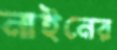
নাইনের